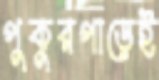
পুকুরপাড়েই